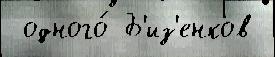
 одного́ Б'из'енков